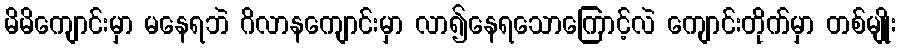
မိမိကျောင်းမှာ မနေရဘဲ ဂိလာနကျောင်းမှာ လာ၍နေရသောကြောင့်လဲ ကျောင်းတိုက်မှာ တစ်မျိုး